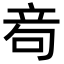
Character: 𥩮